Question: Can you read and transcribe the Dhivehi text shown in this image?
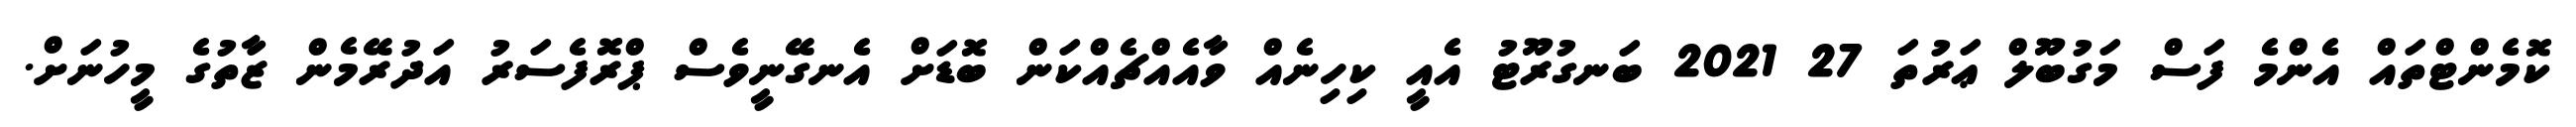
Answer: ކޮމެންޓްތައް އެންމެ ފަސް މަގުބޫލް ޢަރުތަ 27 2021 ބަނގުރޫޓު އެއީ ކިހިނެއް ވާއެއްޗެއްކަން ބޮޑަށް އެނގޭނީވެސް ޕްރޮފެސަރު އަދުރޭމެން ޒާތުގެ މީހުނަށް.